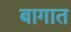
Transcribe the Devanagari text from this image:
बागात